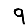
Digit: 9